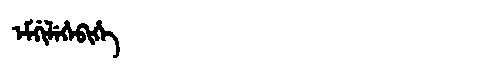
Manchu: ᡝᠮᡤᡳᠯᡝᡥᡝᠪᡳᡥᡝ
Romanization: EMGILEHEBIHE